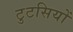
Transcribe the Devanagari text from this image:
टुटसियों